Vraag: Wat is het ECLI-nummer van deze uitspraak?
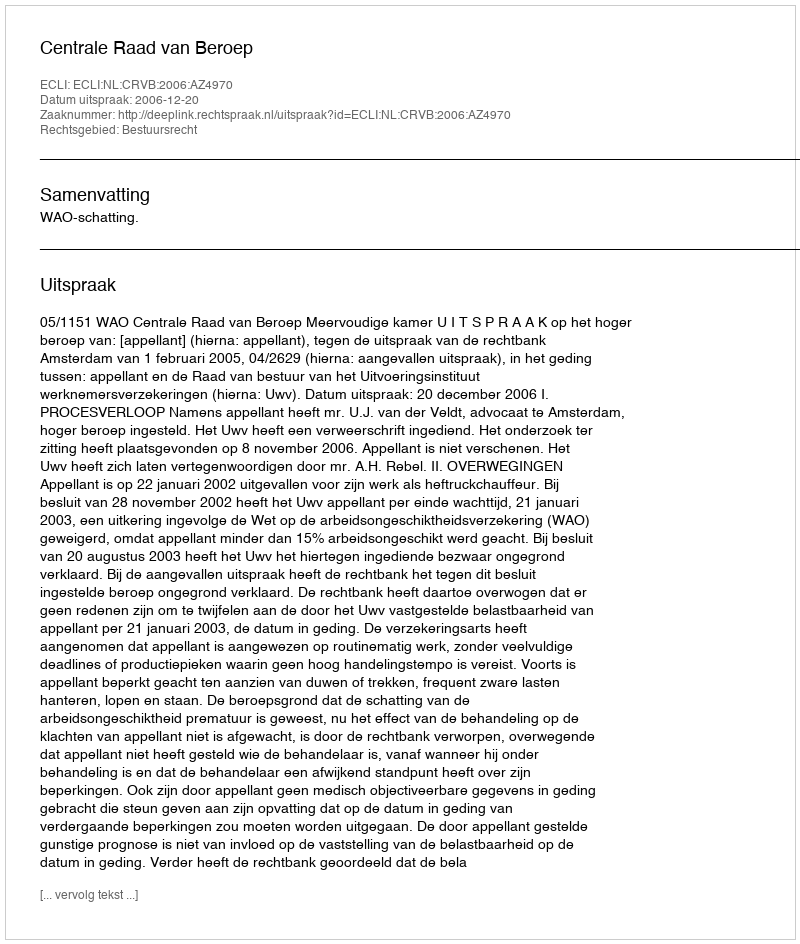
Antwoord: ECLI:NL:CRVB:2006:AZ4970